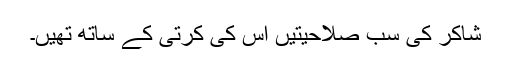
شاکر کی سب صلاحیتیں اس کی کرتی کے ساتھ تھیں۔